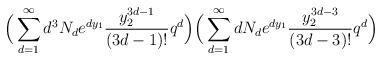
LaTeX: \begin{align*}\Big(\sum_{d=1}^\infty d^3N_d e^{dy_1} \frac{y_2^{3d-1}}{(3d-1)!}q^d\Big)\Big(\sum_{d=1}^\infty dN_d e^{dy_1} \frac{y_2^{3d-3}}{(3d-3)!}q^d\Big)\end{align*}